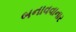
બનાવવાનાર